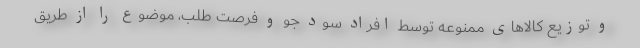
و توزیع کالاهای ممنوعه توسط افراد سود جو و فرصت طلب، موضوع را از طریق